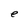
Character: e